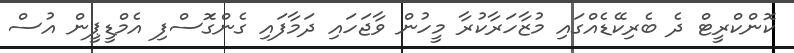
ކޮންކްރީޓް ދެ ބެރިކޭޑެއްގައި މުޒާހަރާކުރާ މީހުން ވާޖަހައި ދަމާފައި ގެންގޮަސްފި އެމްޑީޕީން އުސް